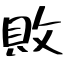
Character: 敗